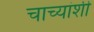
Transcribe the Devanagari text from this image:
चाच्यांशी